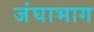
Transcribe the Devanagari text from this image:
जंघाभाग